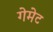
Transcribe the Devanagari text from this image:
गेमेट